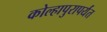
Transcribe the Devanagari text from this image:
कोल्हापुरापर्यंत